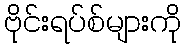
ဗိုင်းရပ်စ်များကို